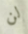
لن